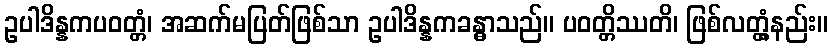
ဥပါဒိန္နကပဝတ္တံ၊ အဆက်မပြတ်ဖြစ်သာ ဥပါဒိန္နကခန္ဓာသည်။ ပဝတ္တိဿတိ၊ ဖြစ်လတ္တံ့နည်း။